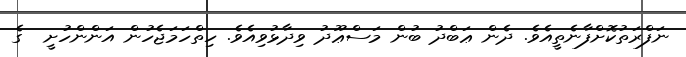
ނަފްރަތުކޮށްފާނެތީއެވެ. ދެން ޢަބްދު ބުން މަސްޢޫދު ވިދާޅުވިއެވެ. ހިތްހަމަޖެހުން އަންންހުށީ  ގެ